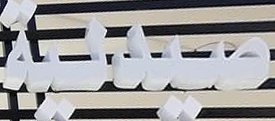
صیدلیة